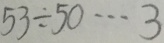
5 3 \div 5 0 \cdots 3